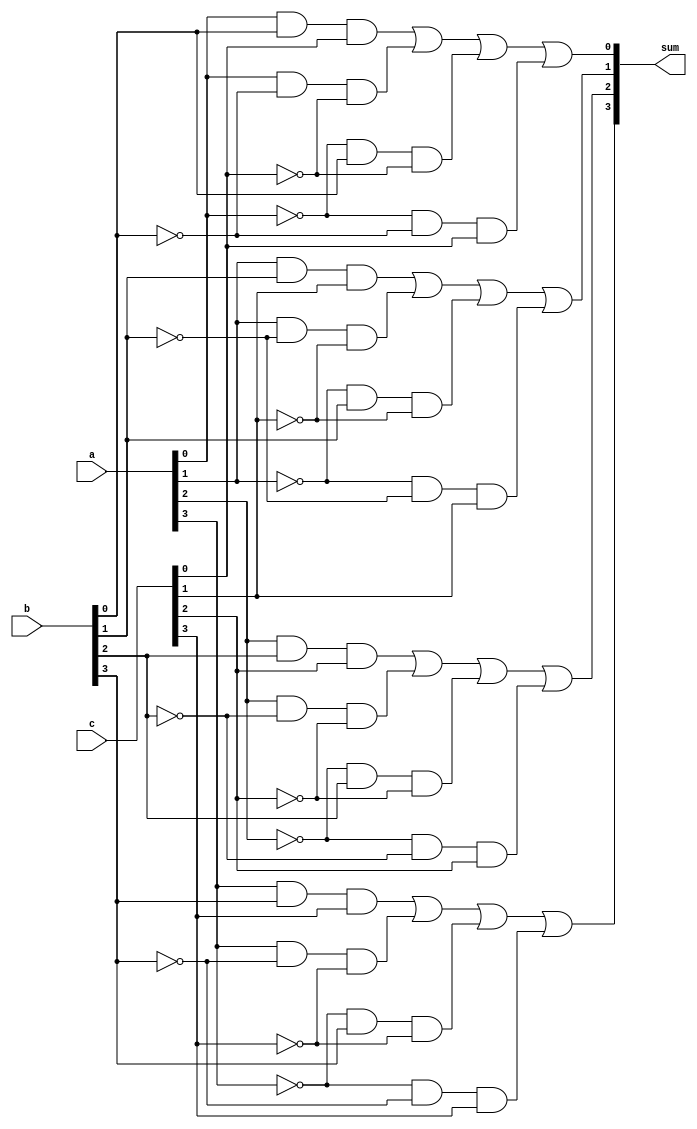
`timescale 1ns / 1ps

module CLA_sum
#(parameter INPUT_LEN =4)
(
	 input[INPUT_LEN-1:0] a 
	,input[INPUT_LEN-1:0] b 
	,input[INPUT_LEN-1:0]c
	,output reg[INPUT_LEN-1:0]sum
);
integer i;
always @ (*)
begin
		sum[0]=(a[0]&b[0]&c[0])|(a[0]&~b[0]&~c[0])|(~a[0]&b[0]&~c[0])|(~a[0]&~b[0]&c[0]);
		for (i = 1; i <= INPUT_LEN-1; i = i + 1)
		begin
 	    	sum[i]=(a[i]&b[i]&c[i])|(a[i]&~b[i]&~c[i])|(~a[i]&b[i]&~c[i])|(~a[i]&~b[i]&c[i]);
		end // for
end // always
endmodule